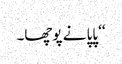
‘‘ پاپا نے پوچھا۔